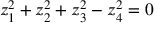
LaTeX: z _ { 1 } ^ { 2 } + z _ { 2 } ^ { 2 } + z _ { 3 } ^ { 2 } - z _ { 4 } ^ { 2 } = 0